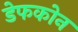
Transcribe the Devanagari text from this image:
डेफकोन